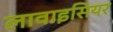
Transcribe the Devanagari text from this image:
लावाइसियर